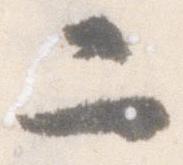
二